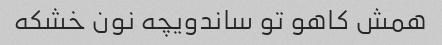
همش کاهو تو ساندویچه نون خشکه